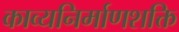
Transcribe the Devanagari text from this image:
काव्यनिर्माणशक्ति